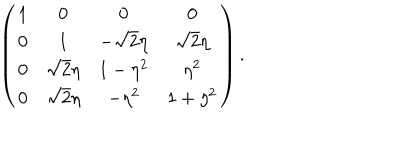
\left( \begin{matrix} { { 1 } } & { { 0 } } & { { 0 } } & { { 0 } } \\ { { 0 } } & { { 1 } } & { { - \sqrt { 2 } \eta } } & { { \sqrt { 2 } \eta } } \\ { { 0 } } & { { \sqrt { 2 } \eta } } & { { 1 - \eta ^ { 2 } } } & { { \eta ^ { 2 } } } \\ { { 0 } } & { { \sqrt { 2 } \eta } } & { { - \eta ^ { 2 } } } & { { 1 + \eta ^ { 2 } } } \\ \end{matrix} \right) .